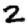
Digit: 2